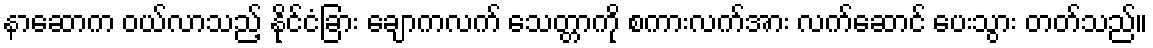
နာဆောက ဝယ်လာသည့် နိုင်ငံခြား ချောကလက် သေတ္တာကို စကားလက်အား လက်ဆောင် ပေးသွား တတ်သည်။